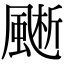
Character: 𩗱